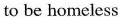
to be homeless